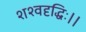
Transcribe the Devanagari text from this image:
शश्वदृद्धिः।।